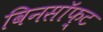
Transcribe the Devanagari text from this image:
विनसॉफ़्ट